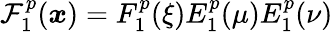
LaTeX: \mathcal{F}_{1}^{p}(\boldsymbol{x})=F_{1}^{p}(\xi)E_{1}^{p}(\mu)E_{1}^{p}(\nu)